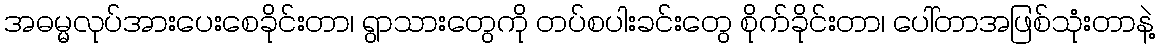
အဓမ္မလုပ်အားပေးစေခိုင်းတာ၊ ရွာသားတွေကို တပ်စပါးခင်းတွေ စိုက်ခိုင်းတာ၊ ပေါ်တာအဖြစ်သုံးတာနဲ့